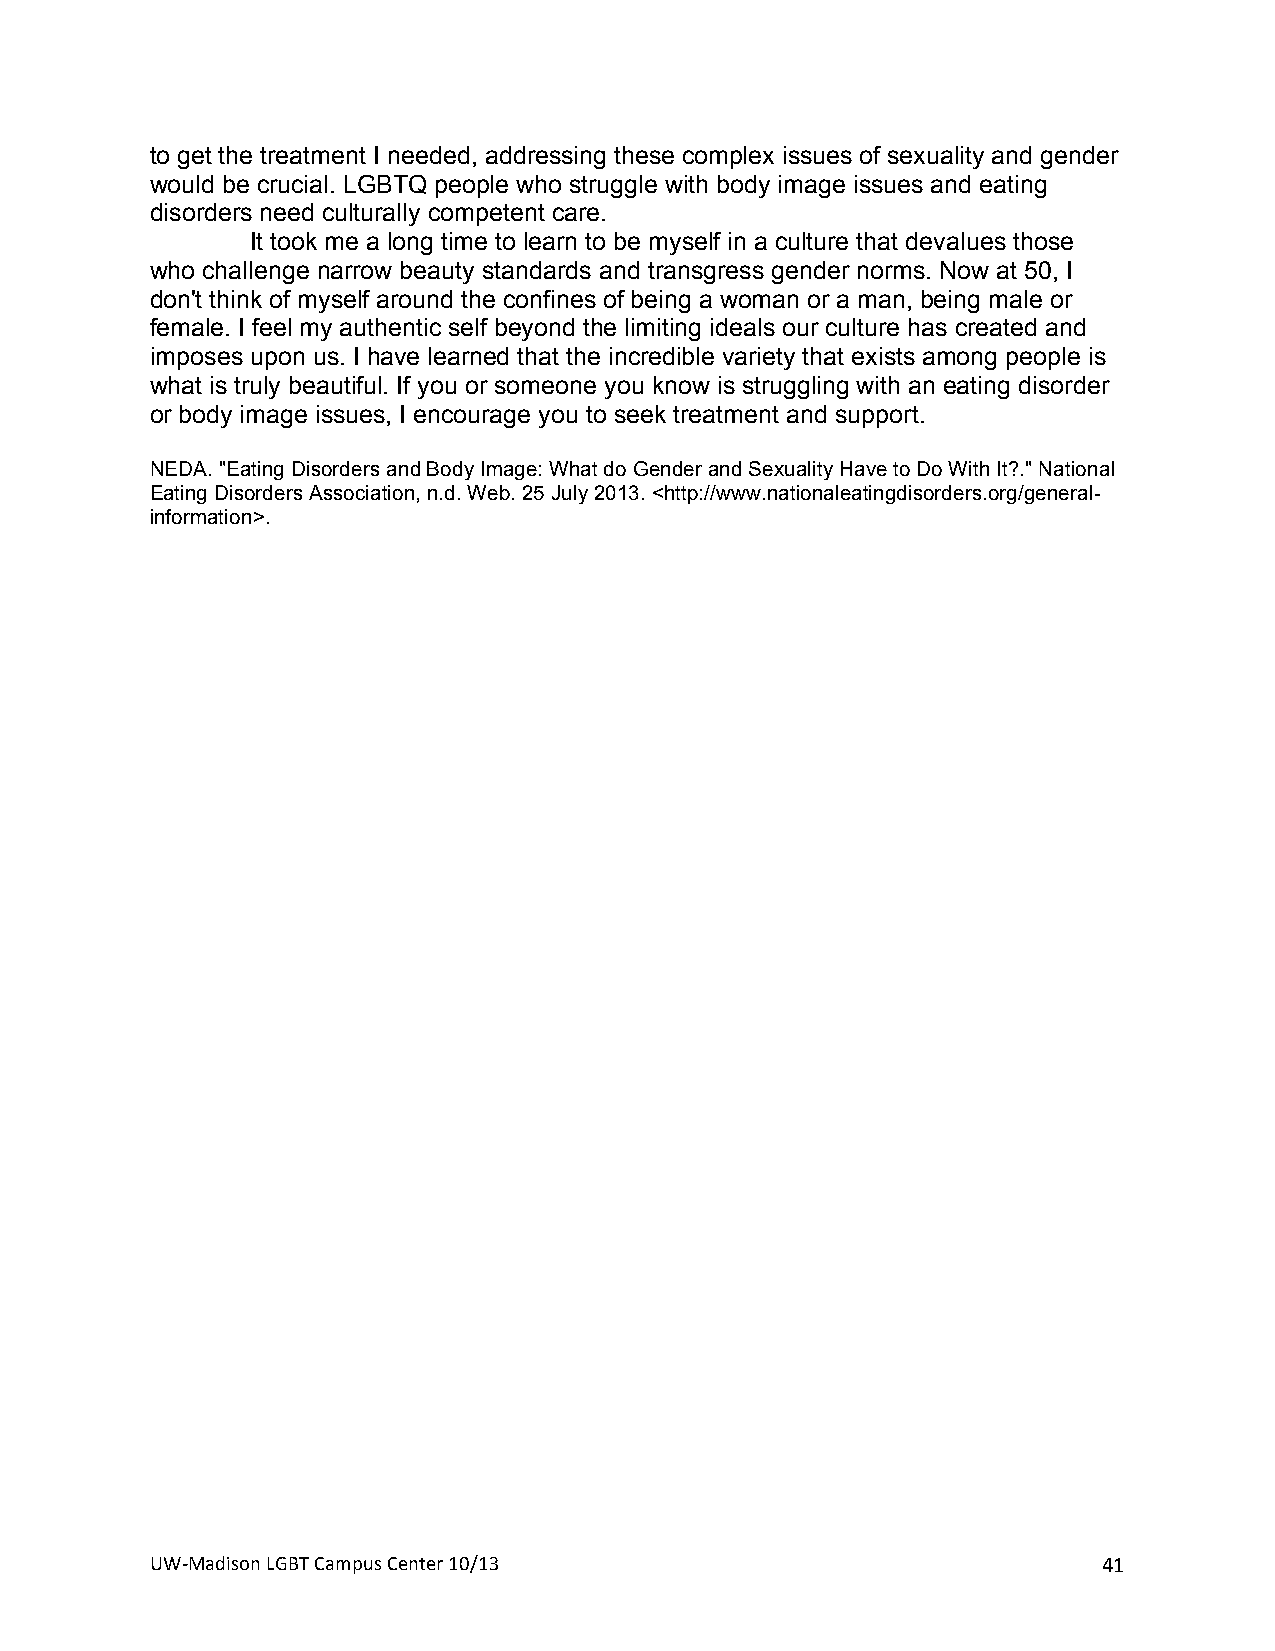
to get the treatment I needed, addressing these complex issues of sexuality and gender
 would be crucial. LGBTQ people who struggle with body image issues and eating
 disorders need culturally competent care.
 It took me a long time to learn to be myself in a culture that devalues those
 who challenge narrow beauty standards and transgress gender norms. Now at 50, I
 don't think of myself around the confines of being a woman or a man, being male or
 female. I feel my authentic self beyond the limiting ideals our culture has created and
 imposes upon us. I have learned that the incredible variety that exists among people is
 what is truly beautiful. If you or someone you know is struggling with an eating disorder
 or body image issues, I encourage you to seek treatment and support.
 NEDA. "Eating Disorders and Body Image: What do Gender and Sexuality Have to Do With It?." National
 Eating Disorders Association, n.d. Web. 25 July 2013. <http://www.nationaleatingdisorders.org/general-
 information>.
 +                   +
 UW#Madison+LGBT+Campus+Center+10/13+                           41+